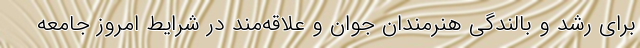
برای رشد و بالندگی هنرمندان جوان و علاقه‌مند در شرایط امروز جامعه